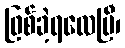
ဖြစ်ခဲ့ရလေပြီ၊